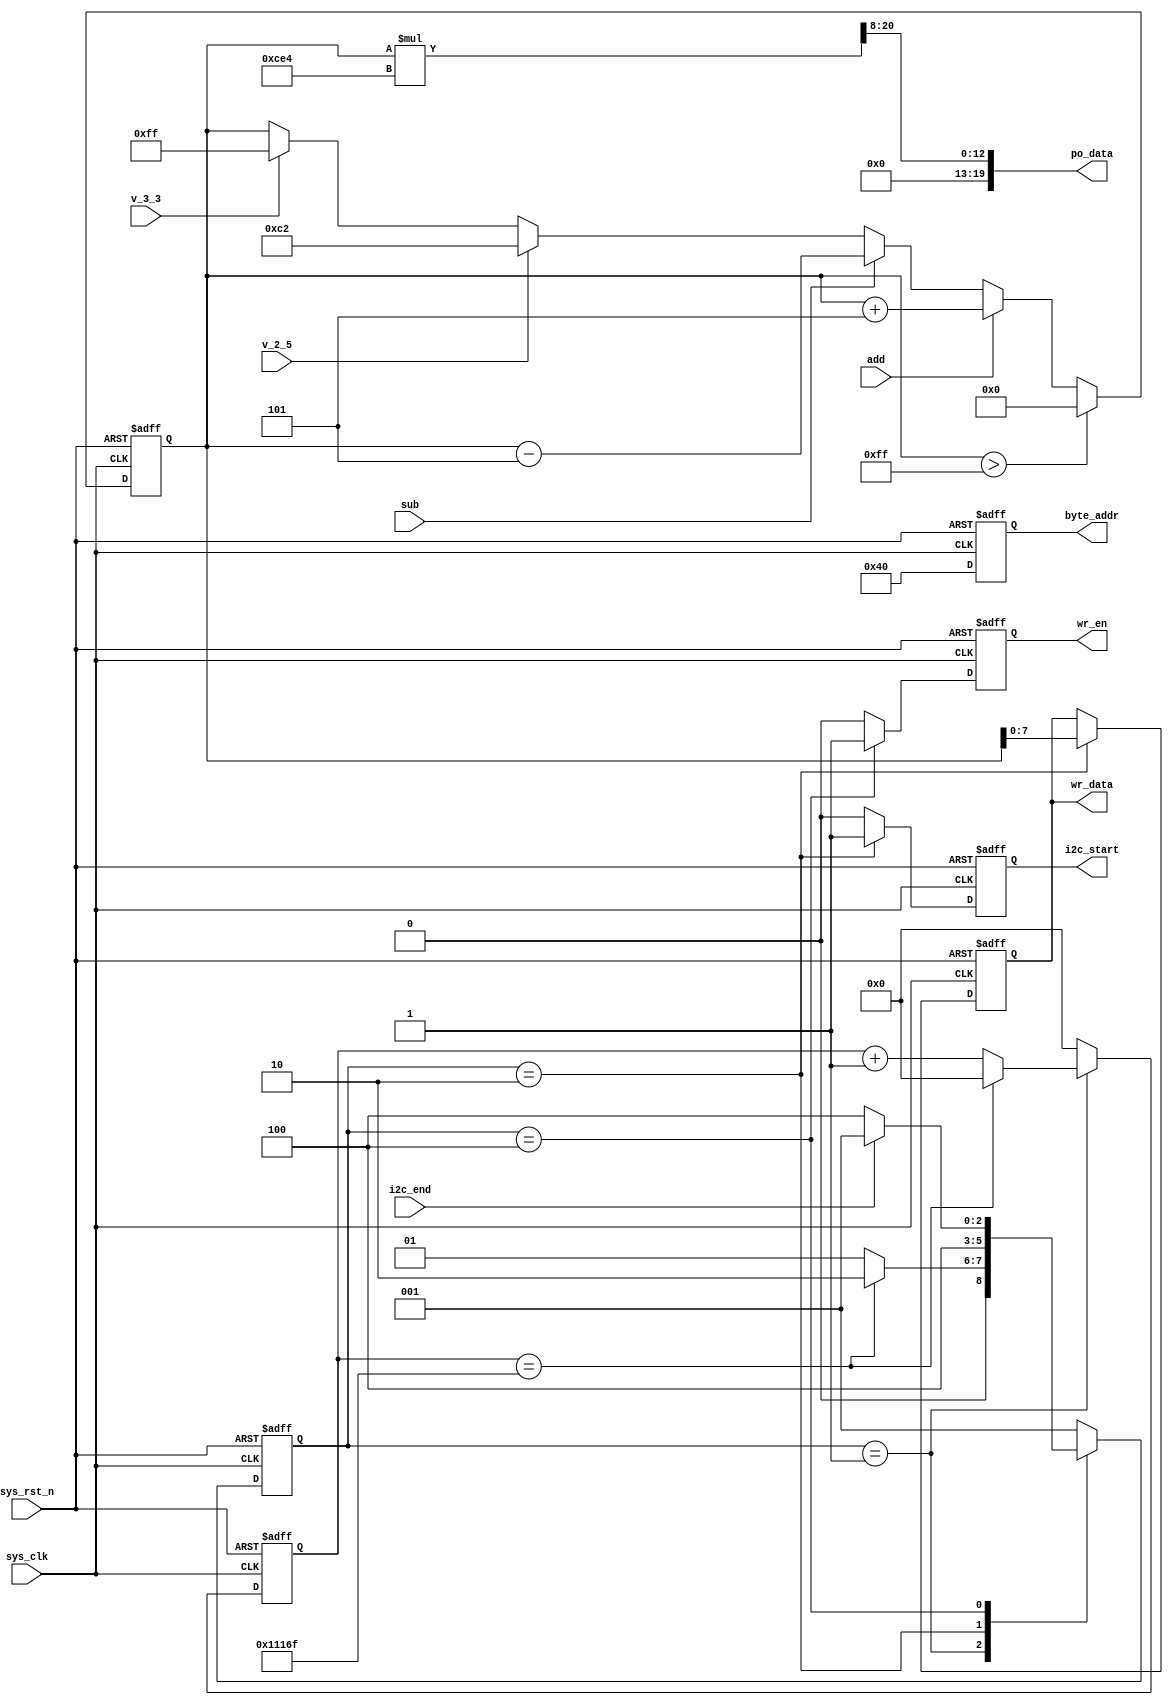
`timescale  1ns/1ns
////////////////////////////////////////////////////////////////////////
// Module Name   : pcf8591_adda
// Project Name  : da
// Target Devices: Altera EP4CE10F17C8N
// Tool Versions : Quartus 13.0
// Description   : DA
//
// Revision      : V1.0
// Additional Comments:
// 
// : _Pro_FPGA
//     : http://www.embedfire.com
//     : http://www.firebbs.cn
//     : https://fire-stm32.taobao.com
////////////////////////////////////////////////////////////////////////

module  pcf8591_da
(
    input   wire            sys_clk     ,   //
    input   wire            sys_rst_n   ,   //,
    input   wire            add         ,   //
    input   wire            sub         ,   //
    input   wire            v_2_5       ,   //2.5V
    input   wire            v_3_3       ,   //3.3V
    input   wire            i2c_end     ,   //i2c/

    output  reg             wr_en       ,   //i2c
    output  reg             i2c_start   ,   //i2c
    output  reg     [15:0]  byte_addr   ,   //i2c
    output  reg     [7:0]   wr_data     ,   //i2c
    output  wire    [19:0]  po_data         //
);

//************************************************************************//
//******************** Parameter and Internal Signal *********************//
//************************************************************************//
//parameter     define
parameter   CTRL_DATA   =   8'b0100_0000    ;   //AD/DA
parameter   CNT_WAIT_MAX=   18'd6_9999      ;     //
parameter   CNT_DATA_MAX=   24'd15_000_00   ;  //DA
parameter   IDLE        =   3'b001  ,
            DA_START    =   3'b010  ,
            DA_CMD      =   3'b100  ;

//wire  define
wire    [31:0]  data_reg/* synthesis keep */;   //

//reg   define
reg     [8:0]   da_data ;   //DA
reg     [17:0]  cnt_wait;   //
reg     [2:0]   state   ;   //

//********************************************************************//
//***************************** Main Code ****************************//
//********************************************************************//
//da_data:DA
always@(posedge sys_clk or negedge sys_rst_n)
    if(sys_rst_n == 1'b0)
        da_data <=  9'd0;
    else    if(da_data > 8'd255)
        da_data <=  9'd0;
    else    if(add == 1'b1)
        da_data <=  da_data + 8'd5;
    else    if(sub == 1'b1)
        da_data <=  da_data - 8'd5;
    else    if(v_2_5 == 1'b1)
        da_data <=  9'd194;
    else    if(v_3_3 == 1'b1)
        da_data <=  9'd255;
    else
        da_data <=  da_data;

//cnt_wait:
always@(posedge sys_clk or negedge sys_rst_n)
    if(sys_rst_n == 1'b0)
        cnt_wait    <=  18'd0;
    else    if(state == IDLE)
        if(cnt_wait == CNT_WAIT_MAX)
            cnt_wait    <=  18'd0;
        else
            cnt_wait    <=  cnt_wait + 18'd1;
    else
        cnt_wait    <=  18'd0;

//state:
always@(posedge sys_clk or negedge sys_rst_n)
    if(sys_rst_n == 1'b0)
        state   <=  IDLE;
    else
        case(state)
            IDLE:
                if(cnt_wait == CNT_WAIT_MAX)
                    state   <=  DA_START;
                else
                    state   <=  IDLE;
            DA_START:
                state   <=  DA_CMD;
            DA_CMD:
                if(i2c_end == 1'b1)
                    state   <=  IDLE;
                else
                    state   <=  DA_CMD;
            default:state   <=  IDLE;
        endcase

//i2c_start:i2c
always@(posedge sys_clk or negedge sys_rst_n)
    if(sys_rst_n == 1'b0)
        i2c_start   <=  1'b0;
    else    if(state == DA_START)
        i2c_start   <=  1'b1;
    else
        i2c_start   <=  1'b0;

//wr_en:i2c
always@(posedge sys_clk or negedge sys_rst_n)
    if(sys_rst_n == 1'b0)
        wr_en   <=  1'b0;
    else    if(state == DA_CMD)
        wr_en   <=  1'b1;
    else
        wr_en   <=  1'b0;

//byte_addr:i2c
always@(posedge sys_clk or negedge sys_rst_n)
    if(sys_rst_n == 1'b0)
        byte_addr   <=  16'b0;
    else
        byte_addr   <=  CTRL_DATA;

//wr_data:i2c
always@(posedge sys_clk or negedge sys_rst_n)
    if(sys_rst_n == 1'b0)
        wr_data <=  8'b0;
    else    if(state == DA_START)
        wr_data <=  da_data;
    else
        wr_data <=  wr_data;

//data_reg:
assign  data_reg = ((da_data * 3300) >> 4'd8);

//po_data:
assign  po_data = data_reg[19:0];

endmodule